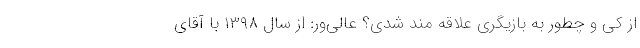
از کی و چطور به بازیگری علاقه مند شدی؟ عالی‌ور: از سال ۱۳۹۸ با آقای